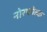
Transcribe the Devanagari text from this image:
नोरफोल्क